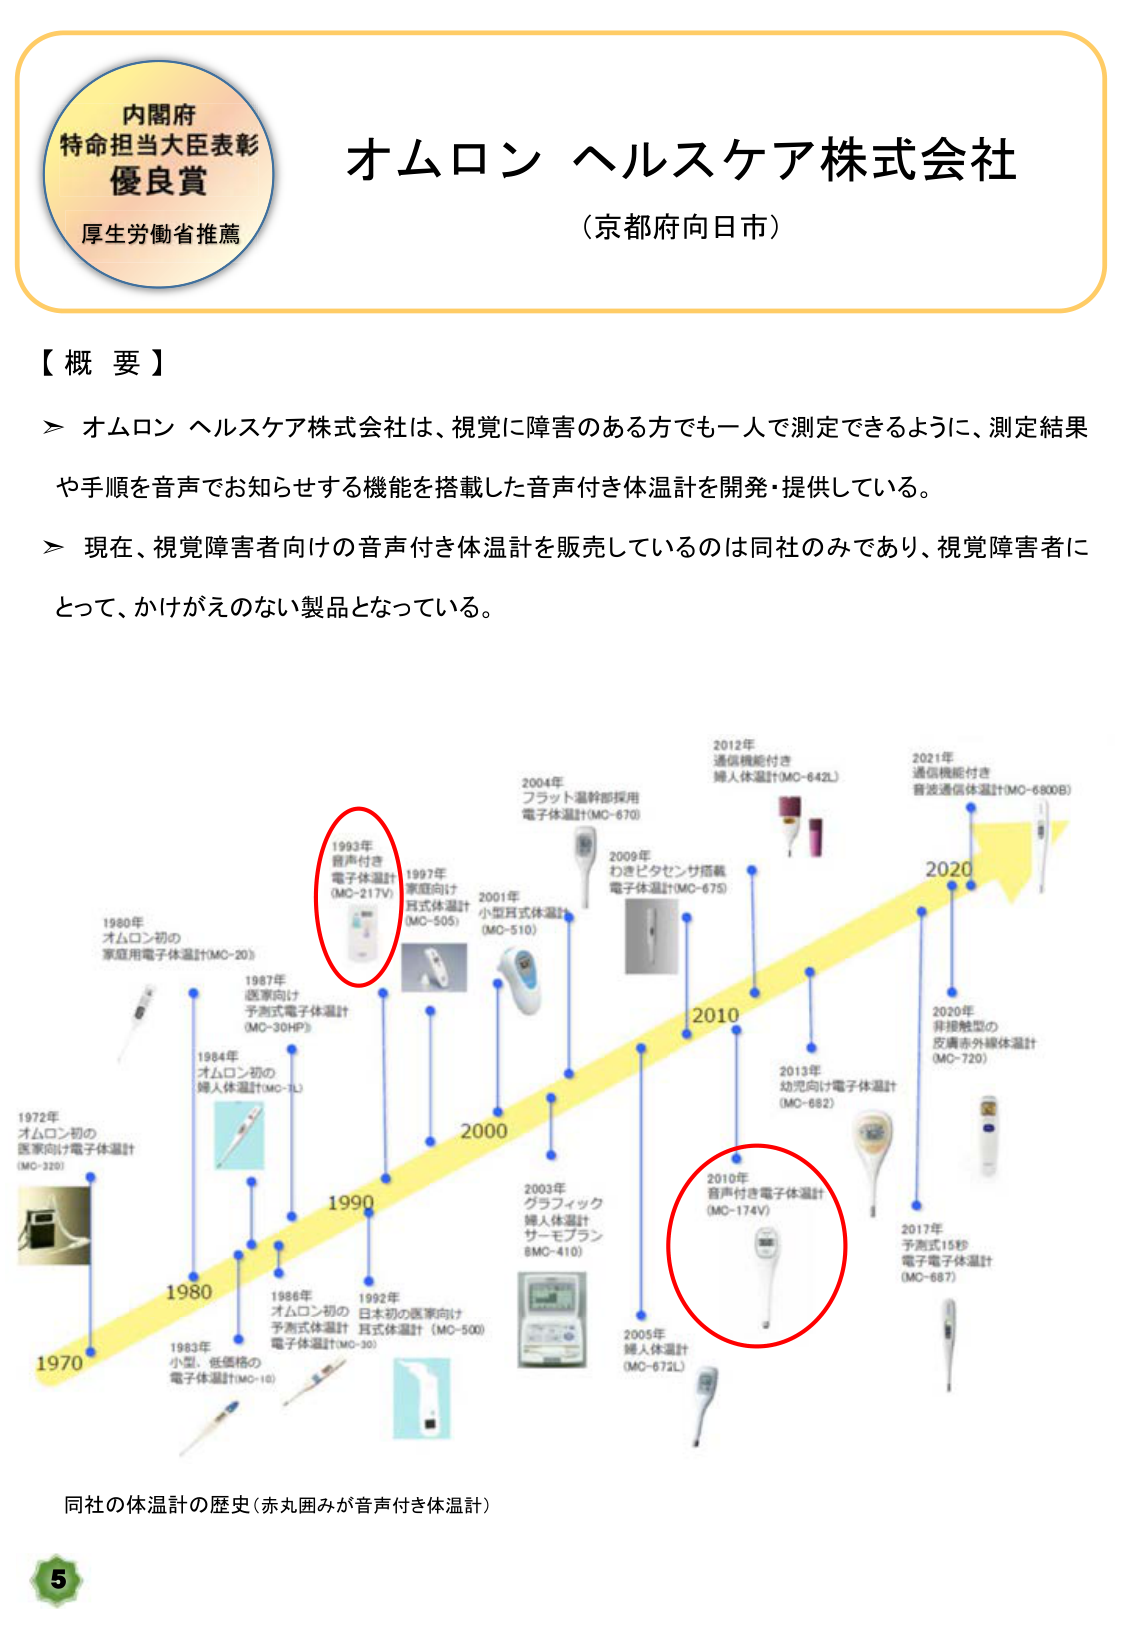
内閣府
特命担当大臣表彰
優良賞
厚生労働省推薦

オムロン ヘルスケア株式会社
（京都府向日市）

【概要】
＞ オムロン ヘルスケア株式会社は、視覚に障害のある方でも一人で測定できるように、測定結果や手順を音声でお知らせする機能を搭載した音声付き体温計を開発・提供している。
＞ 現在、視覚障害者向けの音声付き体温計を販売しているのは同社のみであり、視覚障害者にとって、かけがえのない製品となっている。

1972年
オムロン初の
医家向け電子体温計
（MC-320）

1980年
オムロン初の
家庭用電子体温計（MC-20）

1983年
小型、低価格の
電子体温計（MC-10）

1984年
オムロン初の
婦人体温計（MC-1L）

1986年
オムロン初の
予測式体温計
電子体温計（MC-30）

1987年
医家向け
予測式電子体温計
（MC-30HP）

1992年
日本初の医家向け
耳式体温計（MC-500）

1993年
音声付き
電子体温計
（MC-217V）

1997年
家庭向け
耳式体温計
（MC-505）

2000年

2001年
小型耳式体温計
（MC-510）

2003年
グラフィック
婦人体温計
サーモプラン
（MC-410）

2004年
フラット温幹部採用
電子体温計（MC-670）

2005年
婦人体温計
（MC-672L）

2009年
わきビタセンサ搭載
電子体温計（MC-675）

2010年
音声付き電子体温計
（MC-174V）

2012年
通信機能付き
婦人体温計（MC-642L）

2013年
幼児向け電子体温計
（MC-682）

2017年
予測式15秒
電子電子体温計
（MC-687）

2020年
非接触型の
皮膚赤外線体温計
（MC-720）

2021年
通信機能付き
音波通信体温計（MC-6800B）

同社の体温計の歴史（赤丸囲みが音声付き体温計）

5